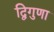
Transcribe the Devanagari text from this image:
द्विगुणा